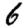
Digit: 6